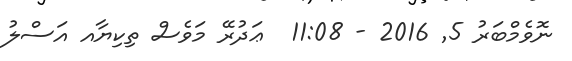
ނޮވެމްބަރު 5